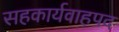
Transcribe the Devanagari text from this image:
सहकार्यवाहपद